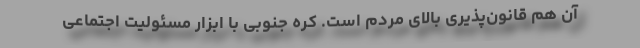
آن هم قانون‌پذیری بالای مردم است. کره جنوبی با ابزار مسئولیت اجتماعی